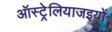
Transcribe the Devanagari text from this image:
ऑस्ट्रेलियाजइयों